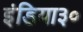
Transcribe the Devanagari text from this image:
इंडिया३०